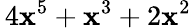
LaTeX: \, 4\mathbf{x}^{5}+\mathbf{x}^{3}+2\mathbf{x}^{2}